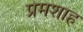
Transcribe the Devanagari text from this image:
प्रेमशाह